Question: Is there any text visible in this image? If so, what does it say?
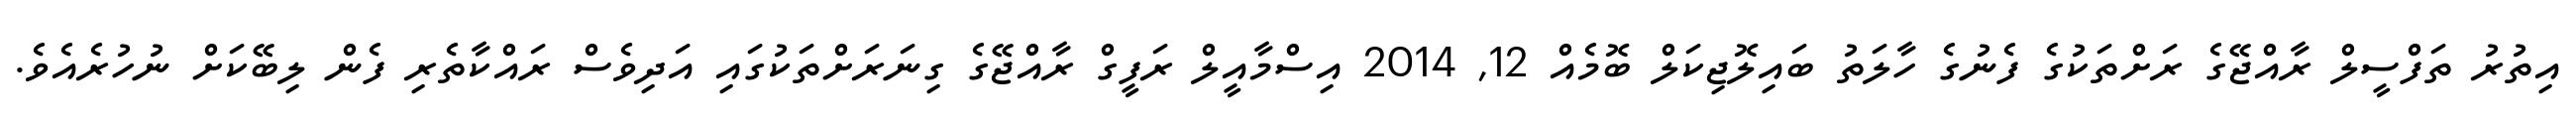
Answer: އިތުރު ތަފްސީލް ރާއްޖޭގެ ރަށްތަކުގެ ފެނުގެ ހާލަތު ބައިލޮޖިކަލް ބޮމެއް 12, 2014 އިސްމާއީލް ރަފީގް ރާއްޖޭގެ ގިނަރަށްތަކުގައި އަދިވެސް ރައްކާތެރި ފެން ލިބޭކަށް ނުހުރެއެވެ.